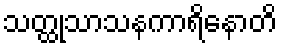
သတ္ထုသာသနကာရိနောတိ